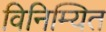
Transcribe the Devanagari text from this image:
विनिम्यित